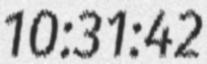
10:31:42